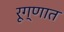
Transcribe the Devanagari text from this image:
रूग्णात